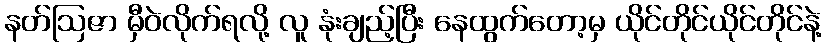
နတ်ဩဇာ မှီဝဲလိုက်ရလို့ လူ နုံးချည့်ပြီး နေထွက်တော့မှ ယိုင်တိုင်ယိုင်တိုင်နဲ့